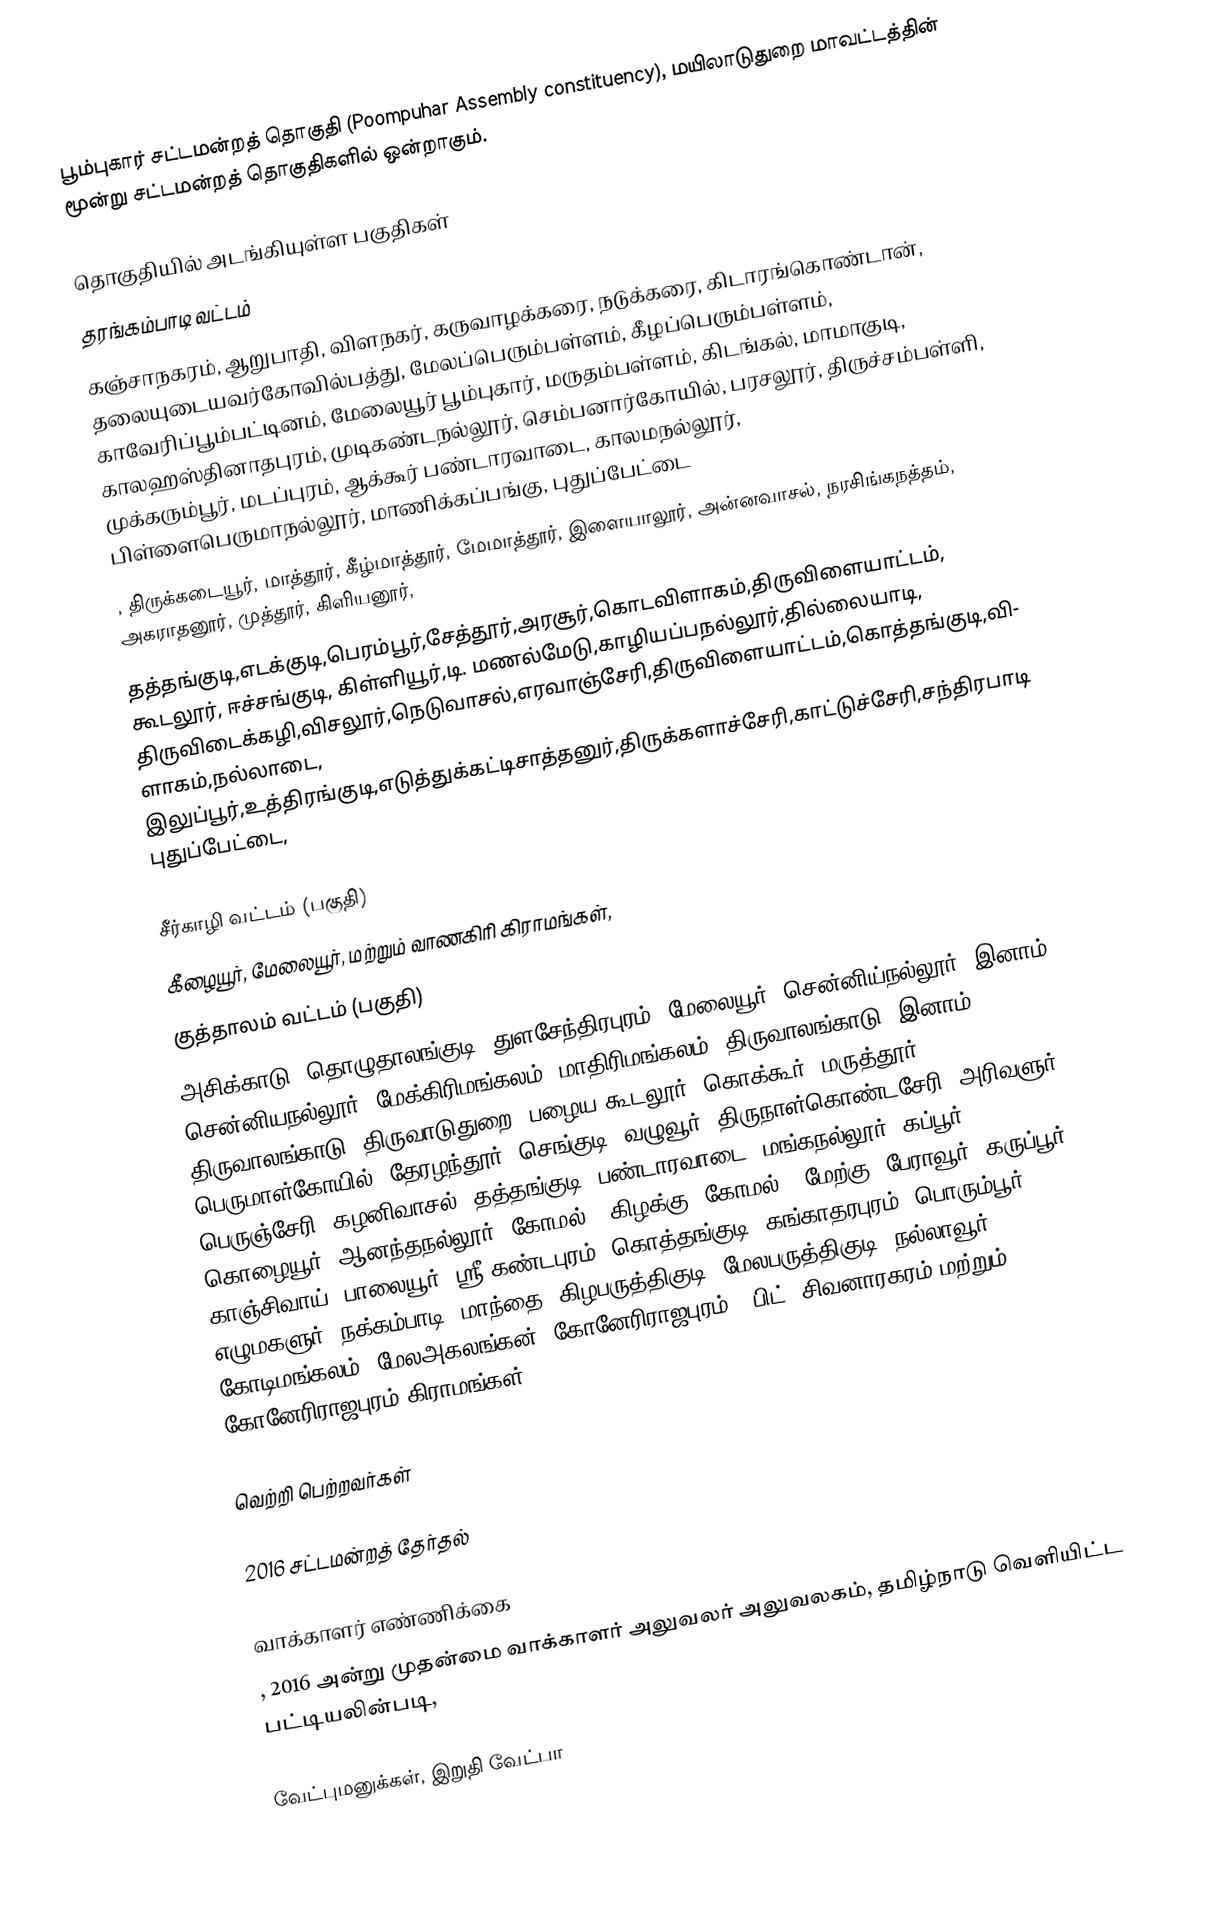
பூம்புகார் சட்டமன்றத் தொகுதி (Poompuhar Assembly constituency), மயிலாடுதுறை மாவட்டத்தின் மூன்று சட்டமன்றத் தொகுதிகளில் ஒன்றாகும்.

தொகுதியில் அடங்கியுள்ள பகுதிகள்
தரங்கம்பாடி வட்டம்
கஞ்சாநகரம், ஆறுபாதி, விளநகர், கருவாழக்கரை, நடுக்கரை, கிடாரங்கொண்டான், தலையுடையவர்கோவில்பத்து, மேலப்பெரும்பள்ளம், கீழப்பெரும்பள்ளம், காவேரிப்பூம்பட்டினம், மேலையூர் பூம்புகார், மருதம்பள்ளம், கிடங்கல், மாமாகுடி, காலஹஸ்தினாதபுரம், முடிகண்டநல்லூர், செம்பனார்கோயில், பரசலூர், திருச்சம்பள்ளி, முக்கரும்பூர், மடப்புரம், ஆக்கூர் பண்டாரவாடை, காலமநல்லூர், பிள்ளைபெருமாநல்லூர், மாணிக்கப்பங்கு, புதுப்பேட்டை
, திருக்கடையூர், மாத்தூர், கீழ்மாத்தூர், மேமாத்தூர், இளையாலூர், அன்னவாசல், நரசிங்கநத்தம், அகராதனூர், முத்தூர், கிளியனூர்,
தத்தங்குடி,எடக்குடி,பெரம்பூர்,சேத்தூர்,அரசூர்,கொடவிளாகம்,திருவிளையாட்டம், கூடலூர், ஈச்சங்குடி, கிள்ளியூர்,டி. மணல்மேடு,காழியப்பநல்லூர்,தில்லையாடி, திருவிடைக்கழி,விசலூர்,நெடுவாசல்,எரவாஞ்சேரி,திருவிளையாட்டம்,கொத்தங்குடி,விளாகம்,நல்லாடை, இலுப்பூர்,உத்திரங்குடி,எடுத்துக்கட்டிசாத்தனுர்,திருக்களாச்சேரி,காட்டுச்சேரி,சந்திரபாடி புதுப்பேட்டை,

சீர்காழி வட்டம்  (பகுதி)
கீழையூர், மேலையூர், மற்றும் வாணகிரி கிராமங்கள்,
குத்தாலம் வட்டம்  (பகுதி)
அசிக்காடு, தொழுதாலங்குடி, துளசேந்திரபுரம், மேலையூர், சென்னிய்நல்லூர், இனாம் சென்னியநல்லூர், மேக்கிரிமங்கலம், மாதிரிமங்கலம், திருவாலங்காடு, இனாம் திருவாலங்காடு, திருவாடுதுறை, பழைய கூடலூர், கொக்கூர், மருத்தூர், பெருமாள்கோயில், தேரழந்தூர், செங்குடி, வழுவூர், திருநாள்கொண்டசேரி, அரிவளுர், பெருஞ்சேரி, கழனிவாசல், தத்தங்குடி, பண்டாரவாடை, மங்கநல்லூர், கப்பூர், கொழையூர், ஆனந்தநல்லூர், கோமல் - கிழக்கு, கோமல் - மேற்கு, பேராவூர், கருப்பூர், காஞ்சிவாய், பாலையூர், ஸ்ரீ கண்டபுரம், கொத்தங்குடி, கங்காதரபுரம், பொரும்பூர், எழுமகளுர், நக்கம்பாடி, மாந்தை, கிழபருத்திகுடி, மேலபருத்திகுடி, நல்லாவூர், கோடிமங்கலம், மேலஅகலங்கன், கோனேரிராஜபுரம், 1பிட், சிவனாரகரம் மற்றும் கோனேரிராஜபுரம் கிராமங்கள். .

வெற்றி பெற்றவர்கள்

2016 சட்டமன்றத் தேர்தல்

வாக்காளர் எண்ணிக்கை
, 2016 அன்று முதன்மை வாக்காளர் அலுவலர் அலுவலகம், தமிழ்நாடு வெளியிட்ட பட்டியலின்படி,

வேட்புமனுக்கள், இறுதி வேட்பா